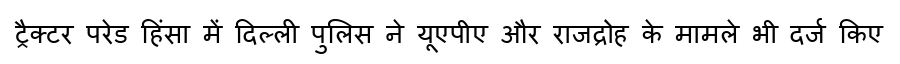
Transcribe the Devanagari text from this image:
ट्रैक्टर परेड हिंसा में दिल्ली पुलिस ने यूएपीए और राजद्रोह के मामले भी दर्ज किए